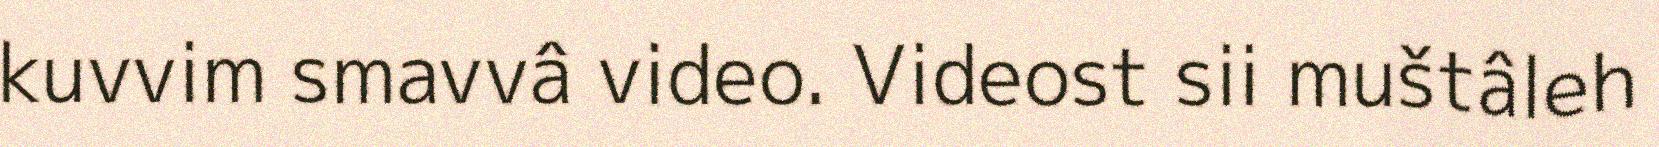
kuvvim smavvâ video. Videost sii muštâleh